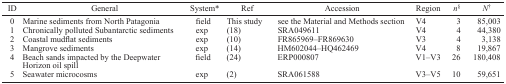
| ID | General | System* | Ref | Accession | Region | n§ | N† |
 | --- | --- | --- | --- | --- | --- | --- | --- |
 | 0 | Marine sediments from North Patagonia | field | This study | see the Material and Methods section | V4 | 3 | 85,003 |
 | 1 | Chronically polluted Subantarctic sediments | exp | (18) | SRA049611 | V4 | 4 | 44,380 |
 | 2 | Coastal mudflat sediments | exp | (10) | FR865969–FR869630 | V3 | 4 | 3,138 |
 | 3 | Mangrove sediments | exp | (14) | HM602044–HQ462469 | V4 | 8 | 19,867 |
 | 4 | Beach sands impacted by the Deepwater Horizon oil spill | field | (24) | ERP000807 | V1–V3 | 26 | 180,408 |
 | 5 | Seawater microcosms | exp | (2) | SRA061588 | V3–V5 | 10 | 59,651 |